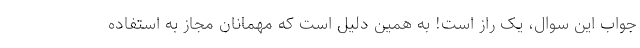
جواب این سوال، یک راز است! به همین دلیل است که مهمانان مجاز به استفاده